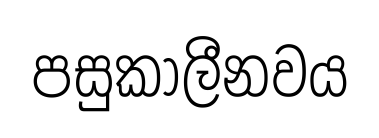
පසුකාලීනවය